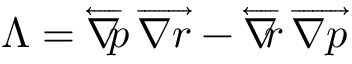
\Lambda = \overleftarrow { \nabla } \! \! p \, \overrightarrow { \nabla r } - \overleftarrow { \nabla } \! \! r \, \overrightarrow { \nabla p }